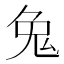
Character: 𪞁